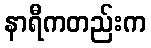
နာရီကတည်းက